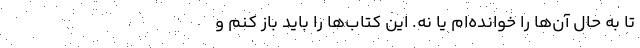
تا به حال آن‌ها را خوانده‌ام یا نه. این کتاب‌ها را باید باز کنم و